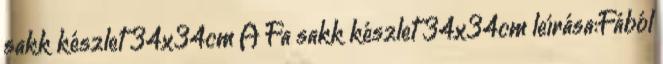
sakk készlet 34x34cm A Fa sakk készlet 34x34cm leírása:Fából